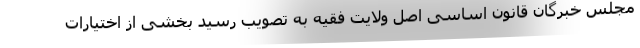
مجلس خبرگان قانون اساسی اصل ولایت فقیه به تصویب رسید بخشی از اختیارات